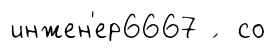
инжен'ер6667 ́ со